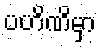
ပဟိဏိမှာ